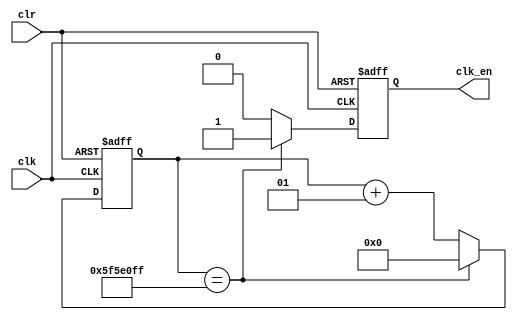
`timescale 1ns / 1ps

module Clock_Enable_1Hz(
    input clk,
    input clr,
    output reg clk_en
    );
    
    integer count = 0;
    
    always @(posedge clk or posedge clr)
        if (clr == 1) begin
            count <= 0;
            clk_en <= 0;
        end
        else if (count == 99999999) begin
            count <= 0;
            clk_en <= 1;
        end
        else begin
            count <= count + 1;
            clk_en <= 0;
        end
    
endmodule